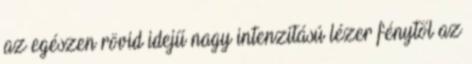
az egészen rövid idejű nagy intenzitású lézer fénytől az